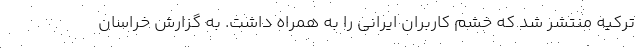
ترکیه منتشر شد که خشم کاربران ایرانی را به همراه داشت. به گزارش خراسان